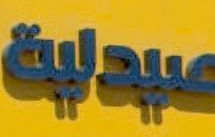
سيدالية